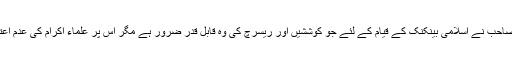
مگر ایسا ہوتا دکھائی نہیں دے رہا کیونکہ حضرت مولانا تقی عثمانی صاحب نے اسلامی بینکنک کے قیام کے لئے جو کوششیں اور ریسرچ کی وہ قابل قدر ضرور ہے مگر اس پر علماء اکرام کی عدم اعتمادی اسلامی بینکنگ کے قیام کی راہ میں سب سے بڑی روکاوٹ ہے۔